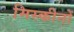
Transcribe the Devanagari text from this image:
मिस्कीनों